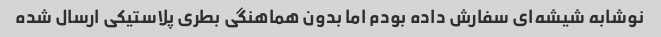
نوشابه شیشه‌ای سفارش داده بودم اما بدون هماهنگی بطری پلاستیکی ارسال شده